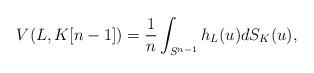
LaTeX: \begin{align*}V(L, K[n-1])=\frac{1}{n}\int_{S^{n-1}} h_L(u) dS_K(u),\end{align*}